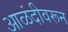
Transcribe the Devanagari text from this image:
आळंदीवरून